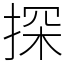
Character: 探